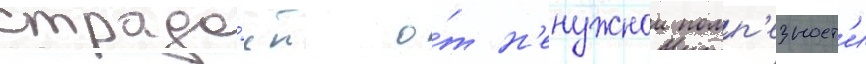
страда́ет о́т н'енужнои помп'езност'и